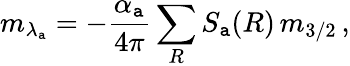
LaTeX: m_{\lambda_{\mathtt{a}}}=-\frac{{\alpha_{\mathtt{a}}}}{{4\pi}}\sum_{R}S_{\mathtt{a}}(R)\, m_{3/2}\, ,